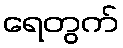
ရေတွက်